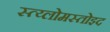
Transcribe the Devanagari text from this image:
स्त्य्लोमस्तोइद